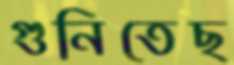
গুনিতেছ